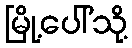
မြို့ပေါ်သို့